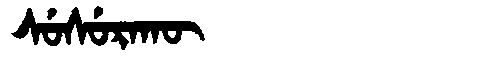
Manchu: ᠰᡠᠰᡠᡵᠠᡴᡡ
Romanization: SUSURAKŪ